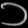
Digit: ၁